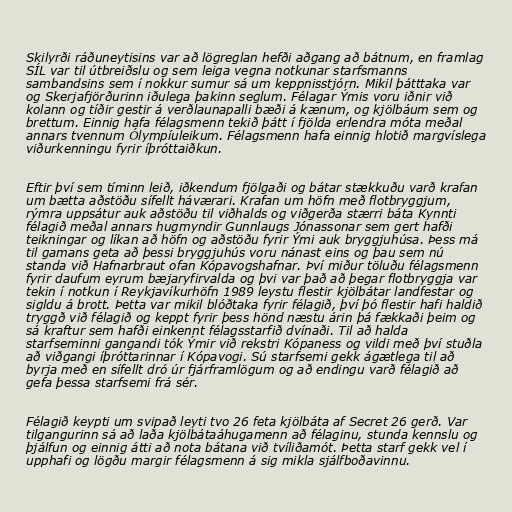
Skilyrði ráðuneytisins var að lögreglan hefði aðgang að bátnum, en framlag
SÍL var til útbreiðslu og sem leiga vegna notkunar starfsmanns
sambandsins sem í nokkur sumur sá um keppnisstjórn. Mikil þátttaka var
og Skerjafjörðurinn iðulega þakinn seglum. Félagar Ýmis voru iðnir við
kolann og tíðir gestir á verðlaunapalli bæði á kænum, og kjölbáum sem og
brettum. Einnig hafa félagsmenn tekið þátt í fjölda erlendra móta meðal
annars tvennum Ólympíuleikum. Félagsmenn hafa einnig hlotið margvíslega
viðurkenningu fyrir íþróttaiðkun.

Eftir því sem tíminn leið, iðkendum fjölgaði og bátar stækkuðu varð krafan
um bætta aðstöðu sífellt háværari. Krafan um höfn með flotbryggjum,
rýmra uppsátur auk aðstöðu til viðhalds og viðgerða stærri báta Kynnti
félagið meðal annars hugmyndir Gunnlaugs Jónassonar sem gert hafði
teikningar og líkan að höfn og aðstöðu fyrir Ými auk bryggjuhúsa. Þess má
til gamans geta að þessi bryggjuhús voru nánast eins og þau sem nú
standa við Hafnarbraut ofan Kópavogshafnar. Því miður töluðu félagsmenn
fyrir daufum eyrum bæjaryfirvalda og þvi var það að þegar flotbryggja var
tekin í notkun í Reykjavíkurhöfn 1989 leystu flestir kjölbátar landfestar og
sigldu á brott. Þetta var mikil blóðtaka fyrir félagið, því þó flestir hafi haldið
tryggð við félagið og keppt fyrir þess hönd næstu árin þá fækkaði þeim og
sá kraftur sem hafði einkennt félagsstarfið dvínaði. Til að halda
starfseminni gangandi tók Ýmir við rekstri Kópaness og vildi með því stuðla
að viðgangi íþróttarinnar í Kópavogi. Sú starfsemi gekk ágætlega til að
byrja með en sífellt dró úr fjárframlögum og að endingu varð félagið að
gefa þessa starfsemi frá sér.

Félagið keypti um svipað leyti tvo 26 feta kjölbáta af Secret 26 gerð. Var
tilgangurinn sá að laða kjölbátaáhugamenn að félaginu, stunda kennslu og
þjálfun og einnig átti að nota bátana við tvíliðamót. Þetta starf gekk vel í
upphafi og lögðu margir félagsmenn á sig mikla sjálfboðavinnu.